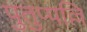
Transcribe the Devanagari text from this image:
पुतुप्पल्लि